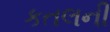
કતલની